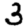
Digit: 3